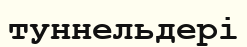
туннельдері